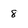
Character: 8